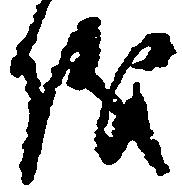
儀